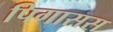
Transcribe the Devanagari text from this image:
पिगासस